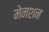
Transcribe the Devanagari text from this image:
मेनशन